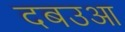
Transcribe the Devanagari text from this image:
दबउआ